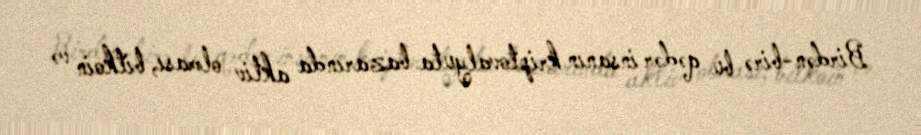
Birdən-birə bu qədər insanın kriptovalyuta bazarında aktiv olması, bitkoin və